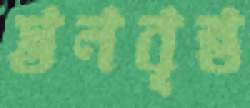
স্তনবৃন্ত